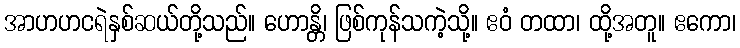
အာဟဟငရဲနှစ်ဆယ်တို့သည်။ ဟောန္တိ၊ ဖြစ်ကုန်သကဲ့သို့။ ဧဝံ တထာ၊ ထို့အတူ။ ဧကော၊